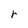
Character: r